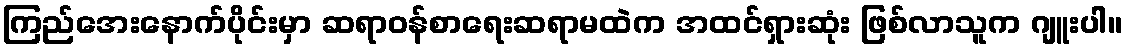
ကြည်အေးနောက်ပိုင်းမှာ ဆရာဝန်စာရေးဆရာမထဲက အထင်ရှားဆုံး ဖြစ်လာသူက ဂျူးပါ။